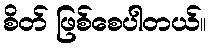
စိတ် ဖြစ်စေပါတယ်။